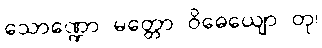
သောဏ္ဍော မတ္တော ဝိဓေယျော တု၊